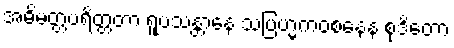
အဓိမတ္တပရိတ္တတာ ရူပသန္တာနေ သဗြဟ္မကဝစနေန စုဒိတော